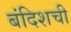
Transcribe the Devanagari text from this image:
बंदिशची